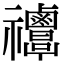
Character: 𥜸